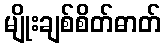
မျိုးချစ်စိတ်ဓာတ်